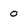
Character: 0